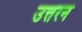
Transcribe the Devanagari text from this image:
उत्तरन